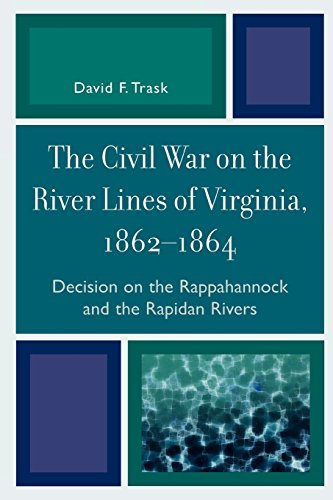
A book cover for The Civil War on the River Lines of Virginia, 1862-1864: Decision on the Rappahannock and the Rapidan Rivers; David F. Trask; History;